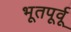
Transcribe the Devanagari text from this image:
भूतपूर्वू